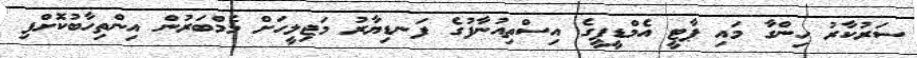
ސަރުކާރު ހިންގާ މައި ޕާޓީ އެމްޑީޕީގެ އިސްތިއުނާފުގެ ފަނޑިޔާރު މަޖިލީހަށް މެމްބަރުން އިންތިހާބުކޮށްފި